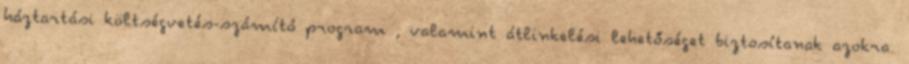
háztartási költségvetés-számító program , valamint átlinkelési lehetőséget biztosítanak azokra.